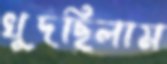
খুদছিলাম